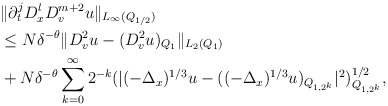
\begin{align*} \begin{aligned} \, & \|\partial_t^j D^l_x D_v^{m+2} u\|_{ L_{\infty} (Q_{1/2}) } \\ & \leq N \delta^{-\theta} \|D_v^2 u - (D_v^2 u)_{Q_1} \|_{L_2 (Q_1)}\\ & + N \delta^{-\theta} \sum_{k = 0}^{\infty} 2^{-k} (|(-\Delta_x)^{1/3} u - ((-\Delta_x)^{1/3} u)_{ Q_{1, 2^k} }|^2)_{ Q_{1, 2^k}}^{ 1/2 },\end{aligned}\end{align*}